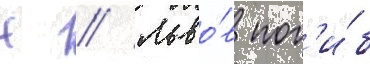
Н // Льво́в пог'и́б